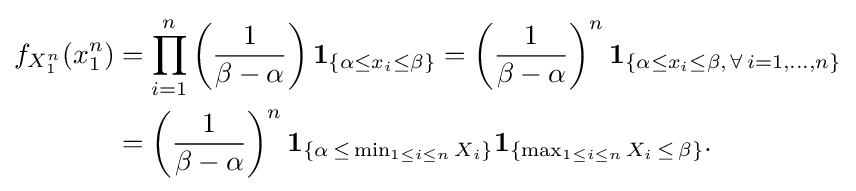
{\begin{aligned}f_{X_{1}^{n}}(x_{1}^{n})&=\prod _{i=1}^{n}\left({1 \over \beta -\alpha }\right)\mathbf {1} _{\{\alpha \leq x_{i}\leq \beta \}}=\left({1 \over \beta -\alpha }\right)^{n}\mathbf {1} _{\{\alpha \leq x_{i}\leq \beta ,\,\forall \,i=1,\ldots ,n\}}\\&=\left({1 \over \beta -\alpha }\right)^{n}\mathbf {1} _{\{\alpha \,\leq \,\min _{1\leq i\leq n}X_{i}\}}\mathbf {1} _{\{\max _{1\leq i\leq n}X_{i}\,\leq \,\beta \}}.\end{aligned}}